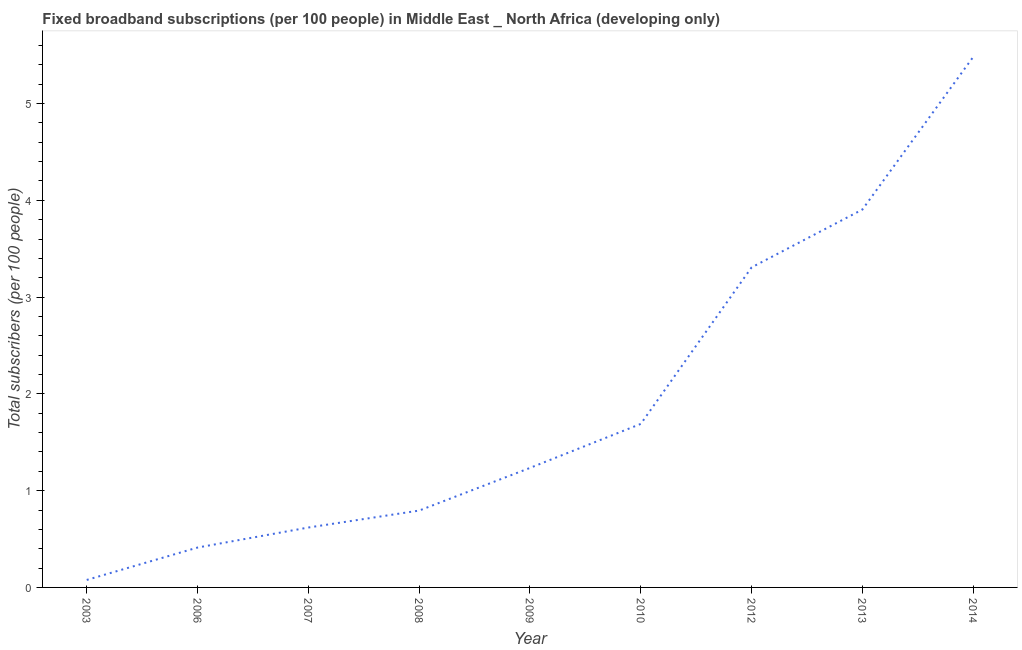
| Year | Fixed broadband subscriptions (per 100 people) |
 | --- | --- |
 | 2003 | 0.0774 |
 | 2006 | 0.412 |
 | 2007 | 0.619 |
 | 2008 | 0.794 |
 | 2009 | 1.23 |
 | 2010 | 1.69 |
 | 2012 | 3.31 |
 | 2013 | 3.9 |
 | 2014 | 5.48 |